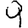
Digit: 9